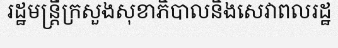
រដ្ឋមន្ត្រីក្រសួងសុខាភិបាលនិងសេវាពលរដ្ឋ